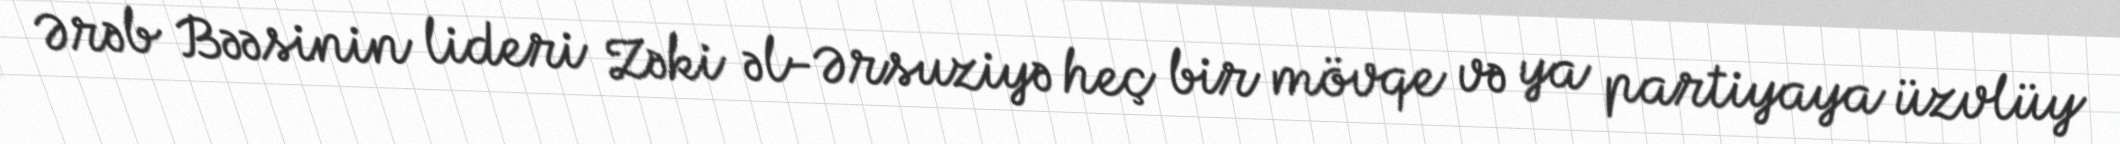
Ərəb Bəəsinin lideri Zəki əl-Ərsuziyə heç bir mövqe və ya partiyaya üzvlüy